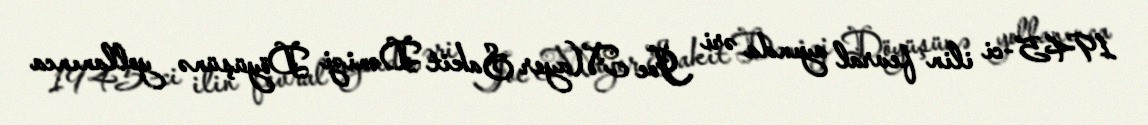
1945-ci ilin fevral ayında əri Joe Mayer Sakit Dənizi Döyüşünə yollanınca